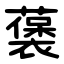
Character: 藵